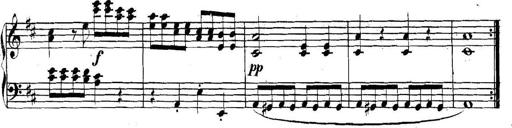
Title: Collected Piano Sonatas
Composer: Muzio Clementi